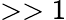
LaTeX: >>1